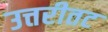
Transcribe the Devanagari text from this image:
उत्तरीतट